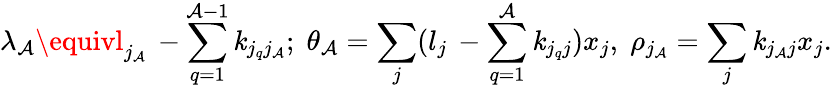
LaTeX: \lambda_{\mathcal{A}}\equivl_{j_{\mathcal{A}}}\, -\sum_{q=1}^{\mathcal{A}-1}\mathit{k}_{j_{q}j_{\mathcal{A}}};\; \theta_{\mathcal{A}}=\sum_{j}(l_{j}\, -\sum_{q=1}^{\mathcal{A}}\mathit{k}_{j_{q}j})x_{j},\; \rho_{j_{\mathcal{A}}}=\sum_{j}\mathit{k}_{j_{\mathcal{A}}j}x_{j}.